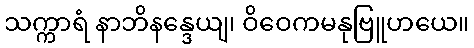
သက္ကာရံ နာဘိနန္ဒေယျ၊ ဝိဝေကမနုဗြူဟယေ။